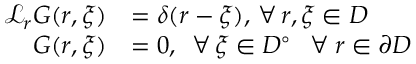
\begin{array} { r l } { \mathcal { L } _ { \boldsymbol { r } } G ( \boldsymbol { r } , \boldsymbol { \xi } ) } & { = \delta ( \boldsymbol { r } - \boldsymbol { \xi } ) , \, \forall \, \boldsymbol { r } , \boldsymbol { \xi } \in D } \\ { G ( \boldsymbol { r } , \boldsymbol { \xi } ) } & { = 0 , \, \, \, \forall \, \boldsymbol { \xi } \in D ^ { \circ } \: \: \, \, \forall \: \boldsymbol { r } \in \partial D } \end{array}